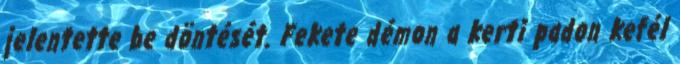
jelentette be döntését. Fekete démon a kerti padon kefél